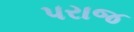
પરાજ